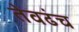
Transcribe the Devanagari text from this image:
तेवढंच